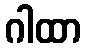
ဂါထာ